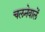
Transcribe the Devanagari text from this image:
चलनेवालें